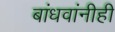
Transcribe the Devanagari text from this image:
बांधवांनीही